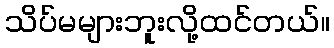
သိပ်မများဘူးလို့ထင်တယ်။